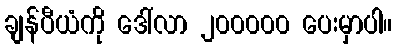
ချန်ပီယံကို ဒေါ်လာ ၂၀၀၀၀၀ ပေးမှာပါ။